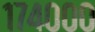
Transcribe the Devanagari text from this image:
१७४०००